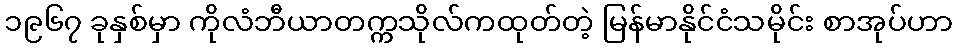
၁၉၆၇ ခုနှစ်မှာ ကိုလံဘီယာတက္ကသိုလ်ကထုတ်တဲ့ မြန်မာနိုင်ငံသမိုင်း စာအုပ်ဟာ